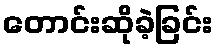
တောင်းဆိုခဲ့ခြင်း